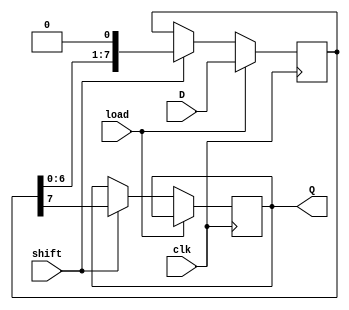
module PISO_Register (
    input wire clk,          // Clock signal
    input wire load,         // Load signal
    input wire shift,        // Shift signal
    input wire [N-1:0] D,    // Parallel input data
    output reg Q             // Serial output data
);
    parameter N = 8;          // Number of bits in the register
    reg [N-1:0] shift_reg;    // Internal shift register

    always @(posedge clk) begin
        if (load) begin
            // Load data into the shift register on load signal
            shift_reg <= D;
        end else if (shift) begin
            // Shift data out serially on shift signal
            Q <= shift_reg[N-1]; // Output the MSB
            shift_reg <= {shift_reg[N-2:0], 1'b0}; // Shift left
        end
    end
endmodule